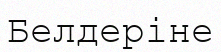
Белдеріне